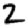
Digit: 2